Mental hospitals Bombay report 1921-28 - 1921-1928
Year: 1921
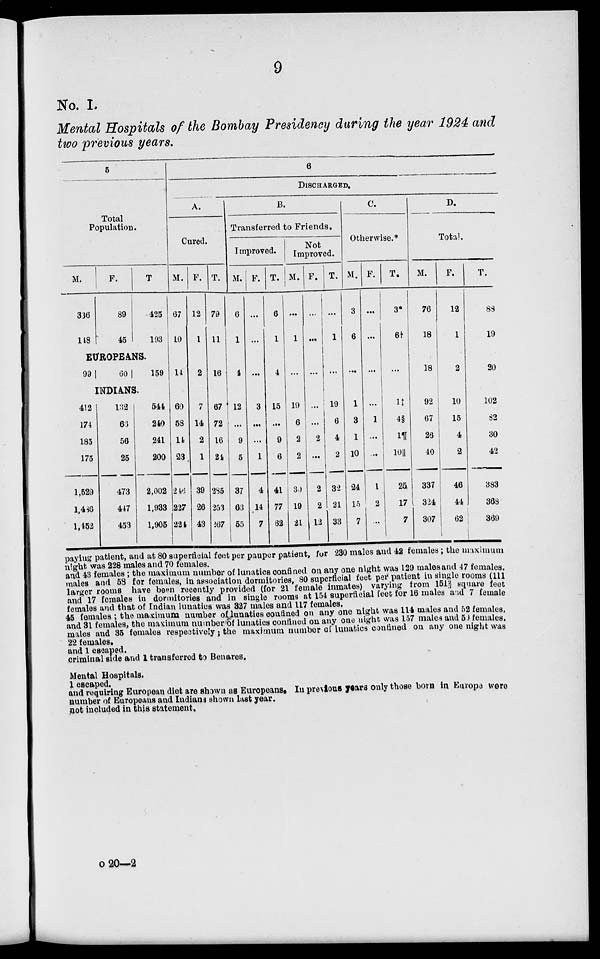
9
No. I.
Mental Hospitals of the Bombay Presidency during the year 1924 and
two previous years.
5
Total
Population.
M.
336
148
F.
89
45
T.
425
193
EUROPEANS.
99 60
159
INDIANS.
412
174
185
175
1,529
1,486
1,452
132
66
56
25
473
447
453
544
240
241
200
2,002
1,933
1,905
6
DISCHARGED.
A.
Cured.
M.
67
10
14
60
58
14
23
246
227
224
F.
12
1
2
7
14
2
1
39
26
43
T.
79
11
16
67
72
16
24
285
253
267
B.
Transferred to Friends.
Improved.
M.
6
1
4
12
...
9
5
37
63
55
F.
...
...
...
3
...
...
1
4
14
7
T.
6
1
4
15
...
9
6
41
77
62
Not
Improved.
M.
...
1
...
19
6
2
2
30
19
21
F.
...
...
...
...
...
2
...
2
2
12
T.
...
1
...
19
6
4
2
32
21
33
C.
Otherwise.*
M.
3
6
...
1
3
1
10
24
15
7
F.
...
...
...
...
1
...
...
1
2
...
T.
3*
6†
...
1‡
4§
1¶
10||
25
17
7
D.
Total.
M.
76
18
18
92
67
26
40
337
324
307
F.
12
1
2
10
15
4
2
46
44
62
T.
88
19
20
102
82
30
42
383
368
369
paying patient, and at 80 superficial feet per pauper patient, for 230 males and 42 females; the maximum
night was 228 males and 70 females.
and 43 females; the maximum number of lunatics confined on any one night was 129 males and 47 females.
males and 58 for females, in association dormitories, 80 superficial feet per patient in single rooms (111
larger rooms have been recently provided (for 21 female inmates) varying from 151 2/3 square feet
and 17 females in dormitories and in single rooms at 154 superficial feet for 16 males and 7 female
females and that of Indian lunatics was 327 males and 117 females.
45 females ; the maximum number of lunatics confined on any one night was 114 males and 52 females.
and 31 females, the maximum number of lunatics confined on any one night was 157 males and 50 females.
males and 35 females respectively; the maximum number of lunatics confined on any one night was
22 females.
and 1 escaped.
criminal side and 1 transferred to Benares.
Mental Hospitals.
1 escaped.
and requiring European diet are shown as Europeans. In previous years only those born in Europe were
number of Europeans and Indians shown last year.
not included in this statement.
o 20—2